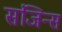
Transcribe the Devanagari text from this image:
संजिन्स